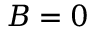
B = 0